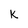
Character: k